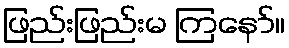
ဖြည်းဖြည်းမ ကြနော်။